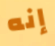
إنه